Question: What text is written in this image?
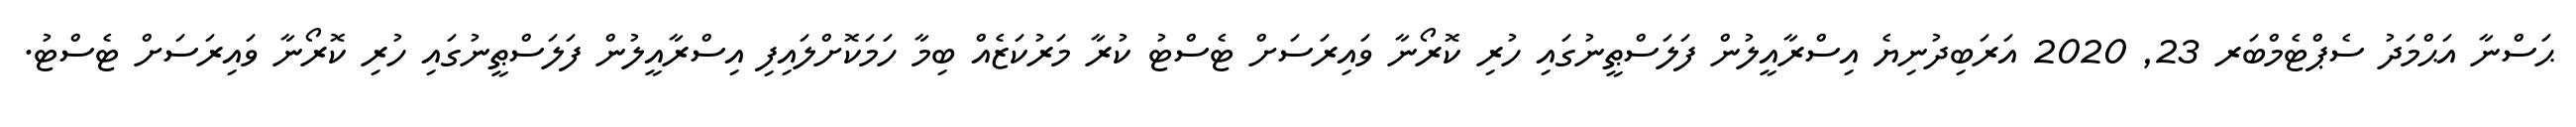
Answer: ޙަސްނާ އަޙްމަދު ސެޕްޓެމްބަރ 23, 2020 އަރަބިދުނިޔެ އިސްރާއީލުން ފަލަސްޠީނުގައި ހުރި ކޮރޯނާ ވައިރަސަށް ޓެސްޓު ކުރާ މަރުކަޒެއް ބިމާ ހަމަކޮށްލައިފި އިސްރާއީލުން ފަލަސްޠީނުގައި ހުރި ކޮރޯނާ ވައިރަސަށް ޓެސްޓު.